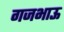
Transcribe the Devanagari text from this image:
गजभाऊ